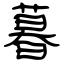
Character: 暮